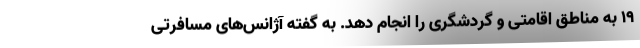
۱۹ به مناطق اقامتی و گردشگری را انجام دهد. به گفته آژانس‌های مسافرتی